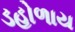
ડહોળાય